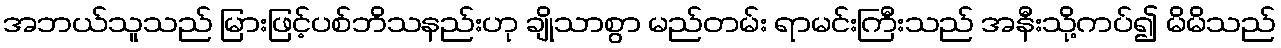
အဘယ်သူသည် မြားဖြင့်ပစ်ဘိသနည်းဟု ချိုသာစွာ မည်တမ်း ရာမင်းကြီးသည် အနီးသို့ကပ်၍ မိမိသည်